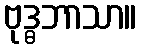
ဗုဒ္ဓဘာသာ။